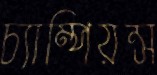
চ্যাম্পিয়ন্স